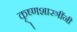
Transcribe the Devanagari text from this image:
कृ्ष्णशास्त्रींनी